Civil Veterinary Dept. North-West Frontier Province 1901-22 - 1901-1922
Year: 1901
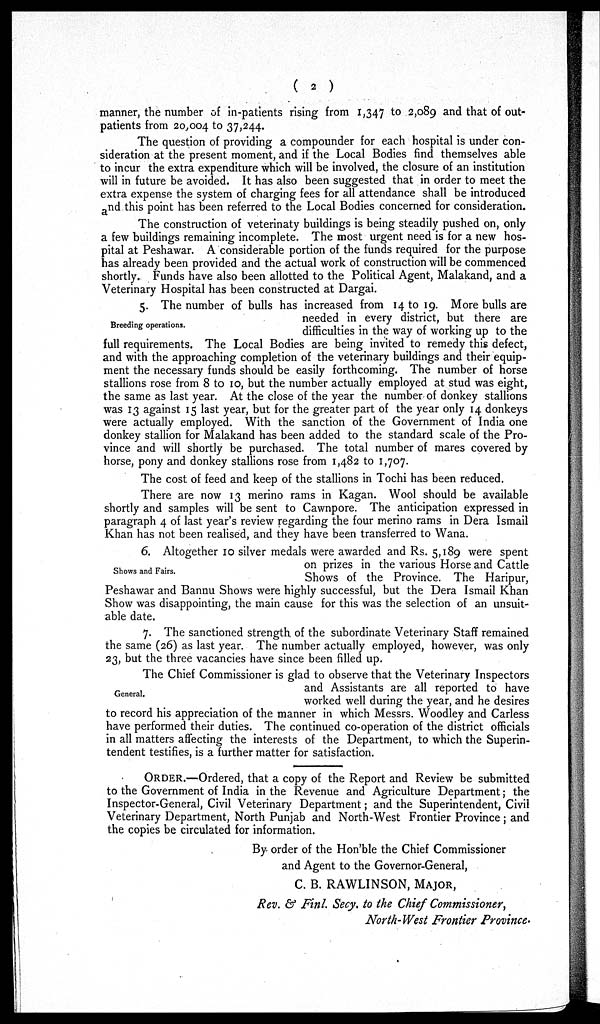
(
2 )
manner, the number of in-patients rising from 1,347 to 2,089 and that of out-
patients from 20,004 to 37,244.
The question of providing a compounder for each hospital is under con-
sideration at the present moment, and if the Local Bodies find themselves able
to incur the extra expenditure which will be involved, the closure of an institution
will in future be avoided. It has also been suggested that in order to meet the
extra expense the system of charging fees for all attendance shall be introduced
and this point has been referred to the Local Bodies concerned for consideration.
The construction of veterinaty buildings is being steadily pushed on, only
a few buildings remaining incomplete. The most urgent need is for a new hos-
pital at Peshawar. A considerable portion of the funds required for the purpose
has already been provided and the actual work of construction will be commenced
shortly. Funds have also been allotted to the Political Agent, Malakand, and a
Veterinary Hospital has been constructed at Dargai.
Breeding operations.
5. The number of bulls has increased from 14 to 19. More bulls are
needed in every district, but there are
difficulties in the way of working up to the
full requirements. The Local Bodies are being invited to remedy this defect,
and with the approaching completion of the veterinary buildings and their equip-
ment the necessary funds should be easily forthcoming. The number of horse
stallions rose from 8 to 10, but the number actually employed at stud was eight,
the same as last year. At the close of the year the number of donkey stallions
was 13 against 15 last year, but for the greater part of the year only 14 donkeys
were actually employed. With the sanction of the Government of India one
donkey stallion for Malakand has been added to the standard scale of the Pro-
vince and will shortly be purchased. The total number of mares covered by
horse, pony and donkey stallions rose from 1,482 to 1,707.
The cost of feed and keep of the stallions in Tochi has been reduced.
There are now 13 merino rams in Kagan. Wool should be available
shortly and samples will be sent to Cawnpore. The anticipation expressed in
paragraph 4 of last year's review regarding the four merino rams in Dera Ismail
Khan has not been realised, and they have been transferred to Wana.
Shows and Fairs.
6. Altogether 10 silver medals were awarded and Rs. 5,189 were spent
on prizes in the various Horse and Cattle
Shows of the Province. The Haripur,
Peshawar and Bannu Shows were highly successful, but the Dera Ismail Khan
Show was disappointing, the main cause for this was the selection of an unsuit-
able date.
7. The sanctioned strength of the subordinate Veterinary Staff remained
the same (26) as last year. The number actually employed, however, was only
23, but the three vacancies have since been filled up.
General.
The Chief Commissioner is glad to observe that the Veterinary Inspectors
and Assistants are all reported to have
worked well during the year, and he desires
to record his appreciation of the manner in which Messrs. Woodley and Carless
have performed their duties. The continued co-operation of the district officials
in all matters affecting the interests of the Department, to which the Superin-
tendent testifies, is a further matter for satisfaction.
ORDER.—Ordered, that a copy of the Report and Review be submitted
to the Government of India in the Revenue and Agriculture Department; the
Inspector-General, Civil Veterinary Department; and the Superintendent, Civil
Veterinary Department, North Punjab and North-West Frontier Province ; and
the copies be circulated for information.
By order of the Hon'ble the Chief Commissioner
and Agent to the Governor-General,
C. B. RAWLINSON, MAJOR,
Rev. & Finl. Secy. to the Chief Commissioner,
North-West Frontier Province.